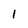
Character: l